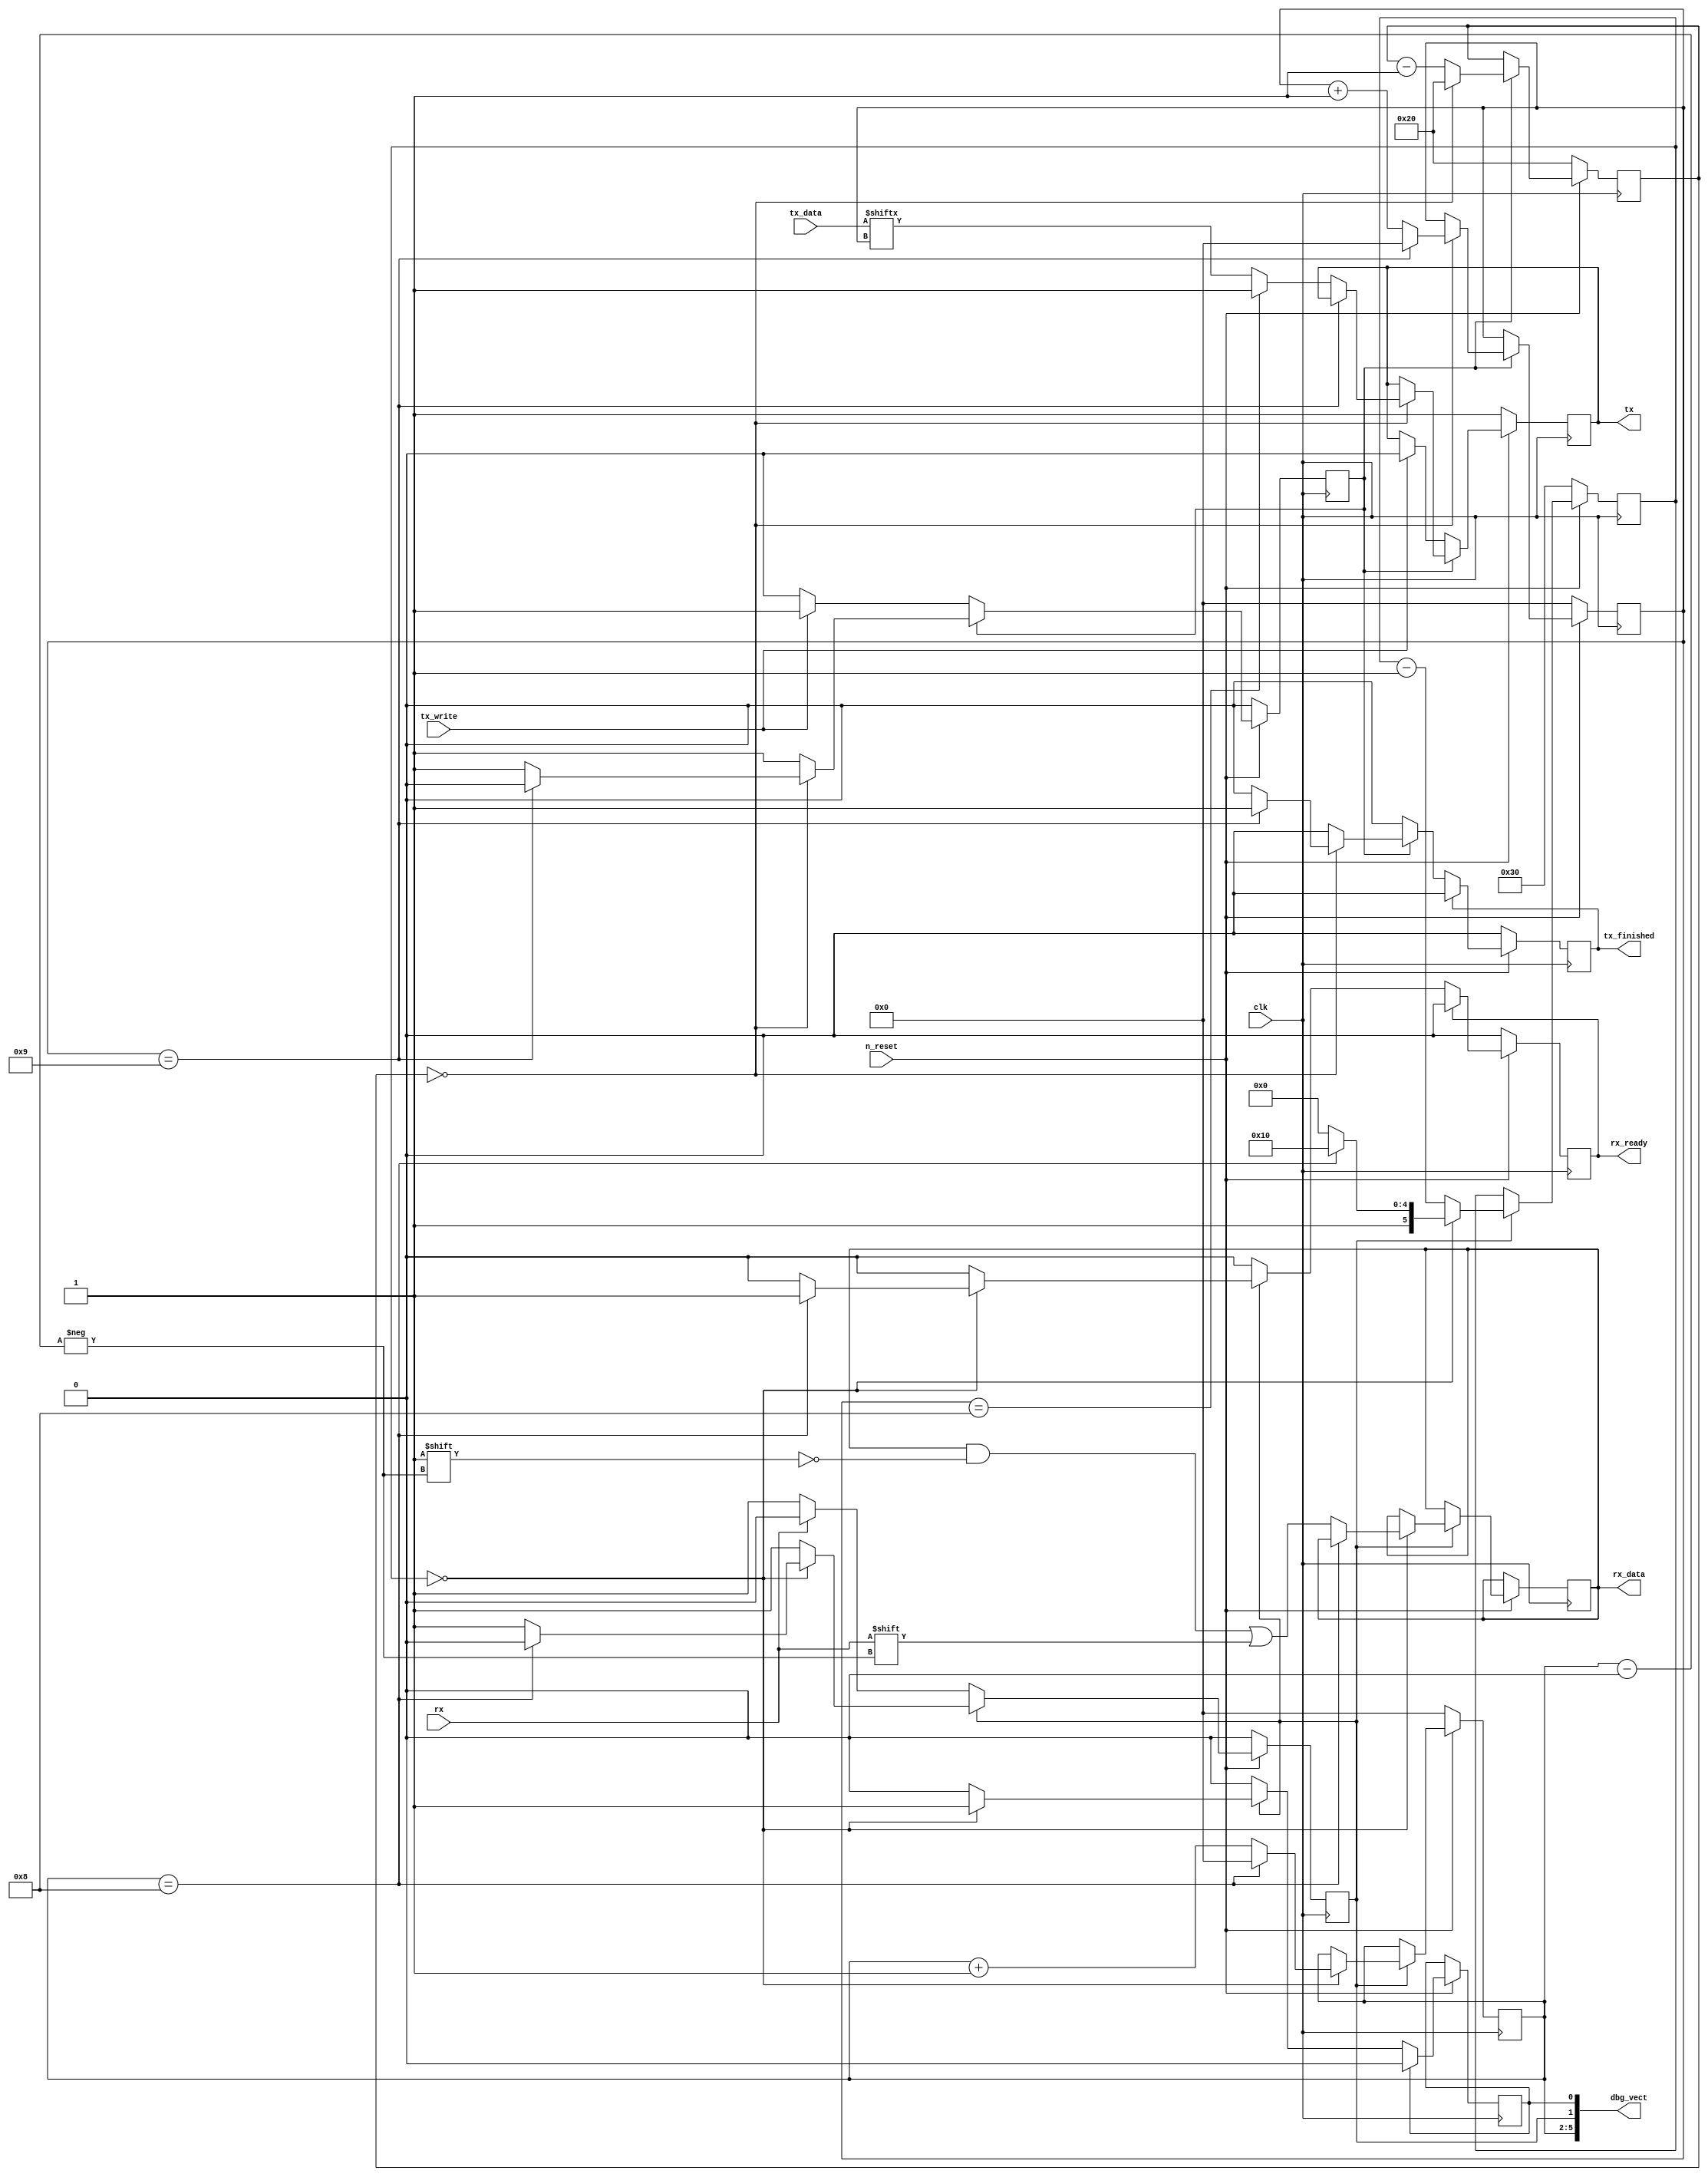
module UART (
    input wire clk,
    input wire n_reset,
    
    input wire rx,
    output reg rx_ready, // module sets it to 1 when transfer finishes
                         // for one clock period
    output reg [7:0] rx_data,
    
    output reg tx,
    input wire tx_write,    // user sets to 1 to start a transfer
                            // one pulse is sufficient
    output reg tx_finished, // module sets to 1 when transfer finished
                            // for one clock pulse
    input wire [7:0] tx_data,
    
    
    
    output wire [7:0] dbg_vect
);

localparam CLK_FREQ = 3686400;
localparam UART_FREQ = 115200;

//localparam CLK_FREQ = 11000000;
//localparam UART_FREQ = 57600;

//localparam CLK_FREQ = 50000000;
//localparam UART_FREQ = 115200;

localparam BIT_CLK = (CLK_FREQ - 1) / UART_FREQ + 1;
localparam ONE_AND_HALF_BIT_CLK = BIT_CLK + (BIT_CLK / 2);

initial begin
$display(BIT_CLK);
$display(ONE_AND_HALF_BIT_CLK);
end

// must fit ONE_AND_HALF_BIT_CLK
localparam CNT_WIDTH = 6;

// ------------------------------------------------------------ //
// RX

reg [CNT_WIDTH-1:0] rx_cnt;
reg rx_enable;
reg [3:0] rx_bit;

// debug
reg dbg_rx_sample;
assign dbg_vect[0] = dbg_rx_sample;
assign dbg_vect[1] = rx_enable;
assign dbg_vect[5:2] = rx_bit;

always @ (negedge clk)
begin
    if (~n_reset) begin
        rx_enable <= 0;
        rx_ready <= 0;
        rx_bit <= 0;
        rx_cnt <= ONE_AND_HALF_BIT_CLK;
    end else 
    begin
        // no reset
        
        if (~rx_enable)
        begin
            // rx not in progress (~enable)
            if (~rx)
                // falling edge (start bit)
                // start the transfer
                rx_enable <= 1;
        end
        else begin
            // enabled
            
            if (rx_cnt == 0)
            begin
                if (rx_bit == 8)
                begin
                    // receive stop bit
                    // end of transmission
                    rx_ready <= 1;
                    rx_enable <= 0;
                    
                    // prepare for next byte
                    rx_bit <= 0;
                    rx_cnt <= ONE_AND_HALF_BIT_CLK;
                end
                else begin
                    // less than 8 -> receive data
                    rx_data[rx_bit] <= rx;
                    rx_bit <= rx_bit + 1;
                    rx_cnt <= BIT_CLK;
                end
                
                dbg_rx_sample <= 1;
            end else
            begin
                // rx_cnt not zero
                rx_cnt <= rx_cnt - 1;
            end
        end
            
        // rx_ready one clock wide pulse
        if (rx_ready)
            rx_ready <= 0;
        
        if (dbg_rx_sample)
            dbg_rx_sample <= 0;
    end
end


// ------------------------------------------------------------ //
// TX

reg [CNT_WIDTH-1:0] tx_cnt;
reg tx_enable;
reg [3:0] tx_bit;

always @ (negedge clk)
begin
    if (~n_reset)
    begin
        tx <= 1; // idle
        tx_enable <= 0;
        tx_finished <= 0;
        
        tx_bit <= 0;
        tx_cnt <= BIT_CLK;
    end else
    begin
        // no reset
        
        if (~tx_enable)
        begin
            // not in progress
            if (tx_write)
            begin
                // tx start write
                tx_enable <= 1;
                tx <= 0; // start bit
            end
        end else
        begin
            // in progress
            if (tx_cnt == 0)
            begin
                
                if (tx_bit == 9)
                begin
                    // end of transmission
                    tx_finished <= 1;
                    tx_enable <= 0;
                    
                    // prepare for next byte
                    tx_bit <= 0;
                end else
                begin
                    if (tx_bit == 8)
                        tx <= 1;                // stop bit
                    else
                        tx <= tx_data[tx_bit];  // transmit data
                    
                    tx_bit <= tx_bit + 1;
                end
                
                tx_cnt <= BIT_CLK;
            end else
            begin
                // tx_cnt not zero
                tx_cnt <= tx_cnt - 1;
            end
        end
        
        // one clock wide finished pulse
        if (tx_finished)
            tx_finished <= 0;
    end
end

endmodule